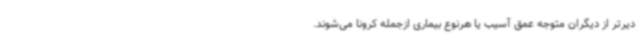
دیرتر از دیگران متوجه عمق آسیب یا هرنوع بیماری ازجمله کرونا می‌شوند.